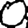
Digit: 0